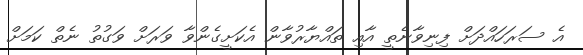
އެ ސަރަހައްދަށް ފިނިވާނެތީ އާއި ތައްޔާރުވާން އެކަށީގެންވާ ވަރަށް ވަގުތު ނެތް ކަމަށް